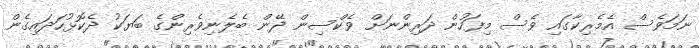
ނަމަވެސް އެމެރިކާގައި ވެސް މިފަހުން ދަރިންނަށް ވެކްސިން ދޭން ބެލެނިވެރިންގެ ބަޔަކު ދެކޮޅުހަދައިގެން